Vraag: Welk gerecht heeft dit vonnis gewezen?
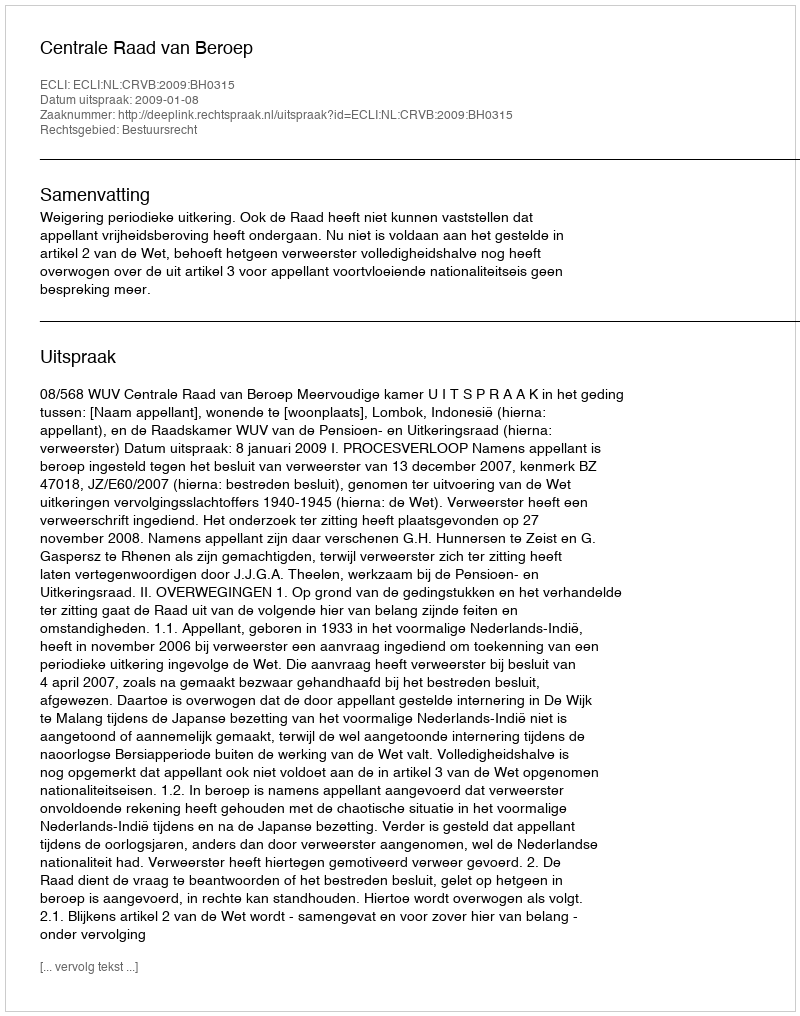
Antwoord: Centrale Raad van Beroep